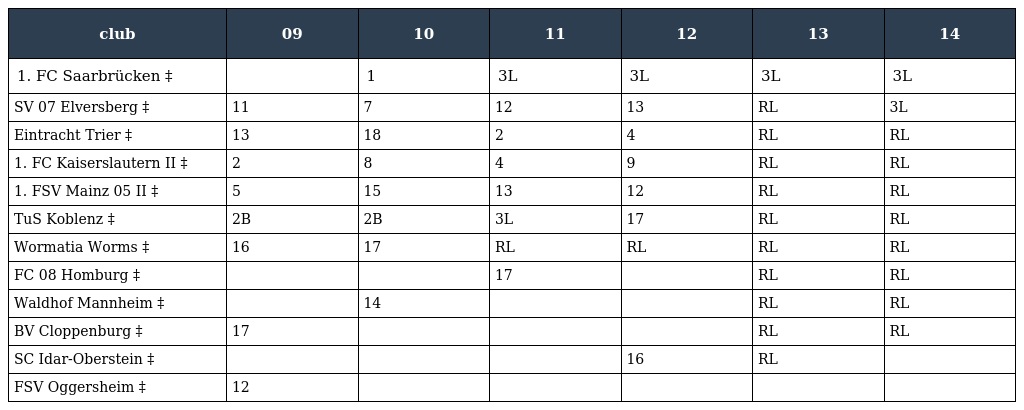
| club | 09 | 10 | 11 | 12 | 13 | 14 |
 | --- | --- | --- | --- | --- | --- | --- |
 | 1. FC Saarbrücken ‡ |  | 1 | 3L | 3L | 3L | 3L |
 | SV 07 Elversberg ‡ | 11 | 7 | 12 | 13 | RL | 3L |
 | Eintracht Trier ‡ | 13 | 18 | 2 | 4 | RL | RL |
 | 1. FC Kaiserslautern II ‡ | 2 | 8 | 4 | 9 | RL | RL |
 | 1. FSV Mainz 05 II ‡ | 5 | 15 | 13 | 12 | RL | RL |
 | TuS Koblenz ‡ | 2B | 2B | 3L | 17 | RL | RL |
 | Wormatia Worms ‡ | 16 | 17 | RL | RL | RL | RL |
 | FC 08 Homburg ‡ |  |  | 17 |  | RL | RL |
 | Waldhof Mannheim ‡ |  | 14 |  |  | RL | RL |
 | BV Cloppenburg ‡ | 17 |  |  |  | RL | RL |
 | SC Idar-Oberstein ‡ |  |  |  | 16 | RL |  |
 | FSV Oggersheim ‡ | 12 |  |  |  |  |  |